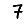
Digit: 7